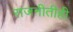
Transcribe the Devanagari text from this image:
राजनीतीही